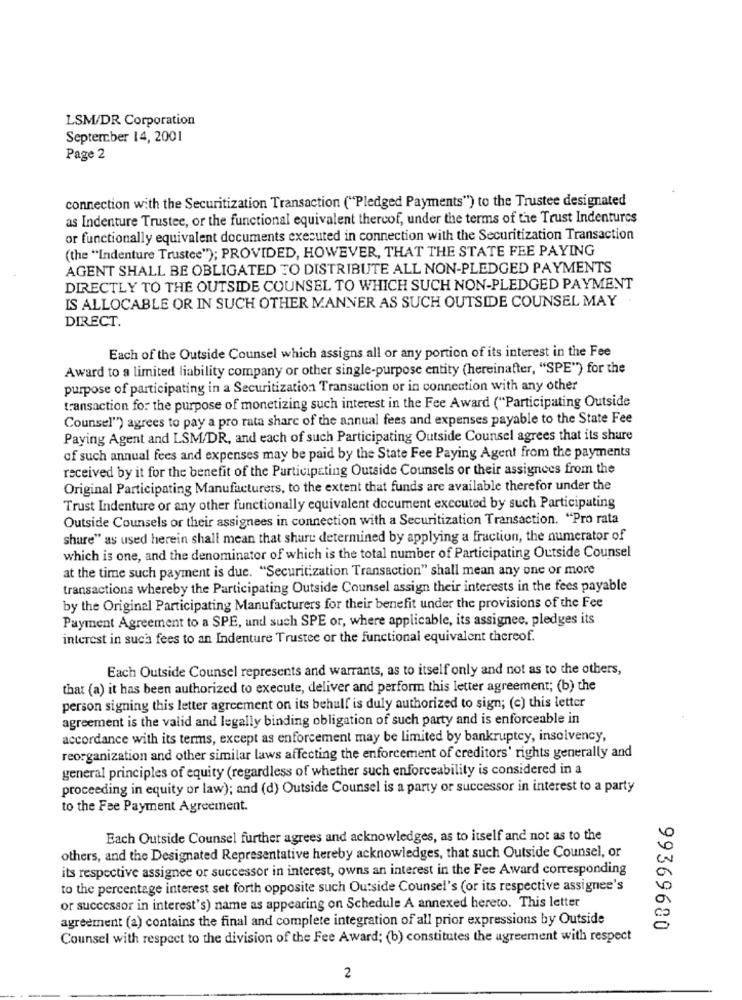
LSM/DR Corporation
September 14, 2001
Page 2
connection with the Securitization Transaction ("Pledged Payments") to the Trustee designated
as Indenture Trustee, or the functional equivalent thereof, under the terms of the Trust Indentures
or functionally equivalent documents executed in connection with the Securitization Transaction
(the "Indenture Trustee"); PROVIDED, HOWEVER, THAT THE STATE FEE PAYING
AGENT SHALL BE OBLIGATED TO DISTRIBUTE ALL NON-PLEDGED PAYMENTS
DIRECTLY TO THE OUTSIDE COUNSEL TO WHICH SUCH NON-PLEDGED PAYMENT
IS ALLOCABLE OR IN SUCH OTHER MANNER AS SUCH OUTSIDE COUNSEL MAY
DIRECT.
Each of the Outside Counsel which assigns all or any portion of its interest in the Fee
Award to a limited liability company or other single-purpose entity (hereinafter, "SPE") for the
purpose of participating in a Securitization Transaction or in connection with any other
transaction for the purpose of monetizing such interest in the Fee Award ("Participating Outside
Counsel") agrees to pay a pro rata share of the annual fees and expenses payable to the State Fee
Paying Agent and LSM/DR, and each of such Participating Outside Counsel agrees that its shure
of such annual fees and expenses may be paid by the State Fee Paying Agent from the payments
received by it for the benefit of the Participating Outside Counsels or their assignees from the
Original Participating Manufacturers, to the extent that funds are available therefor under the
Trust Indenture or any other functionally equivalent document executed by such Participating
Outside Counsels or their assignees in connection with a Securitization Transaction. "Pro rata
share" as used herein shall mean that share determined by applying a fraction, the numerator of
which is one, and the denominator of which is the total number of Participating Outside Counsel
at the time such payment is due. "Securitization Transaction" shall mean any one or more
transactions whereby the Participating Outside Counsel assign their interests in the fees payable
by the Original Participating Manufacturers for their benefit under the provisions of the Fee
Payment Agreement to a SPE, und such SPE or, where applicable, its assignee, pledges its
interest in such fees to an Indenture Trustee or the functional equivalent thereof.
Each Outside Counsel represents and warrants, as to itself only and not as to the others,
that (a) it has been authorized to execute, deliver and perform this letter agreement; (b) the
person signing this letter agreement on its behalf is duly authorized to sign; (c) this letter
agreement is the valid and legally binding obligation of such party and is enforceable in
accordance with its terms, except as enforcement may be limited by bankruptcy, insolvency,
reorganization and other similar laws affecting the enforcement of creditors' rights generally and
general principles of equity (regardless of whether such enforceability is considered in a
proceeding in equity or law); and (d) Outside Counsel is a party or successor in interest to a party
to the Fee Payment Agreement.
Each Outside Counsel further agrees and acknowledges, as to itself and not as to the
others, and the Designated Representative hereby acknowledges, that such Outside Counsel, or
its respective assignee or successor in interest, owns an interest in the Fee Award corresponding
to the percentage interest set forth opposite such Outside Counsel's (or its respective assignee's
or successor in interest's) name as appearing on Schedule A annexed hereto. This letter
agreement (a) contains the final and complete integration of all prior expressions by Outside
99369680
Counsel with respect to the division of the Fee Award; (b) constitutes the agreement with respect
2